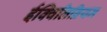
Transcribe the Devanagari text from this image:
ईक्विलिब्रियम